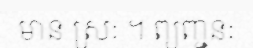
មាន ស្រៈ ។ ព្យញ្ជនៈ